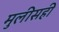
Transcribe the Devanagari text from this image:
मुलीसही